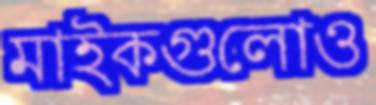
মাইকগুলোও